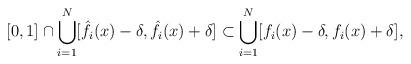
LaTeX: \begin{align*} [0,1]\cap\bigcup_{i=1}^N[\hat f_{i}(x)-\delta,\hat f_{i}(x)+\delta]\subset\bigcup_{i=1}^N[f_{i}(x)-\delta,f_{i}(x)+\delta],\end{align*}